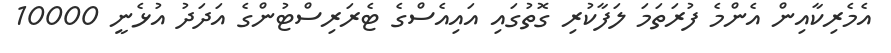
އެމެރިކާއިން އެންމެ ފުރަތަމަ ލަފާކުރި ގޮތުގައި އައިއެސްގެ ޓެރަރިސްޓުންގެ އަދަދު އުޅެނީ 10000